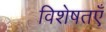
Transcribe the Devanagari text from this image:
विशेषतएँ